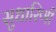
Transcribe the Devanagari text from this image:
सुधारिणी